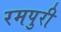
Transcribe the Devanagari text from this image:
रमपुरी